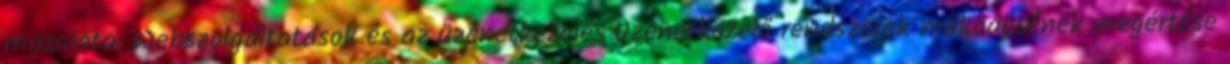
másolata: Webszolgáltatások és az üzenetkezelés Üzenetkezelő rendszerek működésének megértése